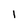
Character: l